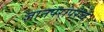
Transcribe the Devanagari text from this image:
ज्ञानपरांपरेचे